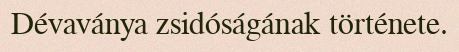
Dévaványa zsidóságának története.